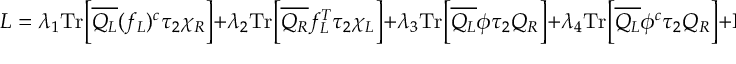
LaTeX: { \cal L } = \lambda _ { 1 } \mathrm { T r } \bigg [ \overline { { { Q _ { L } } } } ( f _ { L } ) ^ { c } \tau _ { 2 } \chi _ { R } \bigg ] + \lambda _ { 2 } \mathrm { T r } \bigg [ \overline { { { Q _ { R } } } } f _ { L } ^ { T } \tau _ { 2 } \chi _ { L } \bigg ] + \lambda _ { 3 } \mathrm { T r } \bigg [ \overline { { { Q _ { L } } } } \phi \tau _ { 2 } Q _ { R } \bigg ] + \lambda _ { 4 } \mathrm { T r } \bigg [ \overline { { { Q _ { L } } } } \phi ^ { c } \tau _ { 2 } Q _ { R } \bigg ] + \mathrm { H . c . } ,